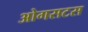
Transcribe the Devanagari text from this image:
ओगसटस